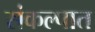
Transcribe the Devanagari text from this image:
संकल्पात